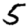
Digit: 5